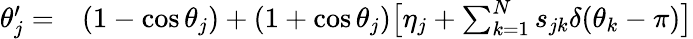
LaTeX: \begin{array}{rl}{\theta_{j}^{\prime}=}&{{}(1-\cos\theta_{j})+(1+\cos\theta_{j})\big[\eta_{j}+\sum_{k=1}^{N}s_{jk}\delta(\theta_{k}-\pi)\big]}\end{array}